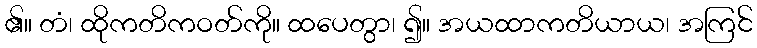
၏။ တံ၊ ထိုကတိကဝတ်ကို။ ထပေတွာ၊ ၍။ အယထာကတိယာယ၊ အကြင်